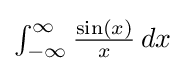
{\textstyle \int _{-\infty }^{\infty }{\frac {\sin(x)}{x}}\,dx}